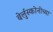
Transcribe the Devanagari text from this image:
बेर्लुस्कोनीच्या